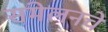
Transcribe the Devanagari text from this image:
संमेलनचे